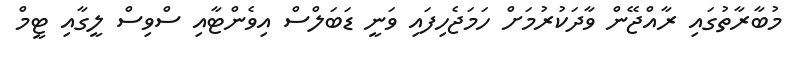
މުބާރާތުގައި ރާއްޖޭން ވާދަކުރުމަށް ހަމަޖެހިފައި ވަނީ ޑަބަލްސް އިވެންޓާއި ސްވިސް ލީގާއި ޓީމް